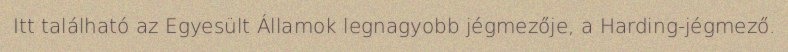
Itt található az Egyesült Államok legnagyobb jégmezője, a Harding-jégmező.